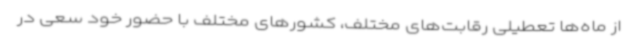
از ماه‌ها تعطیلی رقابت‌های مختلف، کشورهای مختلف با حضور خود سعی در